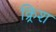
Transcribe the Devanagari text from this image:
क्र्रिश